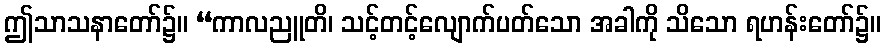
ဤသာသနာတော်၌။ “ကာလညူတိ၊ သင့်တင့်လျောက်ပတ်သော အခါကို သိသော ရဟန်းတော်၌။